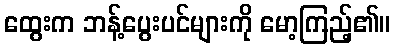
ထွေးက ဘန့်ပွေးပင်များကို မော့ကြည့်၏။